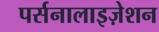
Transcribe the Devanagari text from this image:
पर्सनालाइज़ेशन